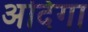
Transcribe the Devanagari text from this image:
अदिगा